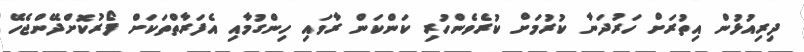
ދިރިއުޅުން އިތުރަށް ހަރުދަނާ ކުރުމަށް ކުރެވެންހުރި ކަންކަން ރާވައި ހިންގުމާއި އެފަރާތްތަކަށް ފޯރުކޮށްދޭންޖެހޭ